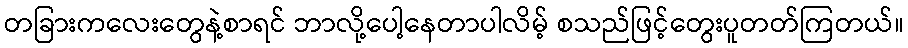
တခြားကလေးတွေနဲ့စာရင် ဘာလို့ပေါ့နေတာပါလိမ့် စသည်ဖြင့်တွေးပူတတ်ကြတယ်။